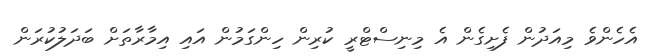
އެހެންވެ މިއަދުން ފެށިގެން އެ މިނިސްޓްރީ ކުރިން ހިންގަމުން އައި އިމާރާތަށް ބަދަލުކުރަން